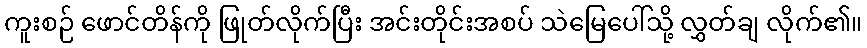
ကူးစဉ် ဖောင်တိန်ကို ဖြုတ်လိုက်ပြီး အင်းတိုင်းအစပ် သဲမြေပေါ်သို့ လွှတ်ချ လိုက်၏။